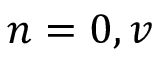
n = 0 , v